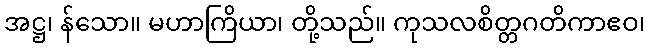
အဋ္ဌ၊ န်သော။ မဟာကြိယာ၊ တို့သည်။ ကုသလစိတ္တဂတိကာဧဝ၊